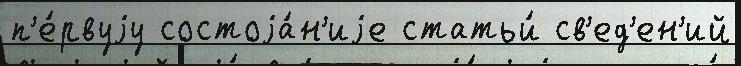
п'е́рвуjу состоjа́н'иjе статьи́ св'ед'ен'ий